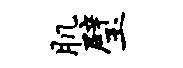
肌璧